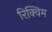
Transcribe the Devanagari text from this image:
रिक्विम